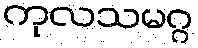
ကုလသမဂ္ဂ